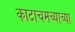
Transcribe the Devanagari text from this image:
काटाचमच्याच्या